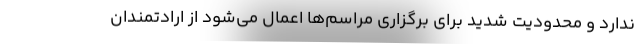
ندارد و محدودیت شدید برای برگزاری مراسم‌ها اعمال می‌شود از ارادتمندان